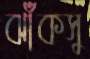
ঝাঁকসু